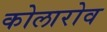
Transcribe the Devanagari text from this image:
कोलारोव